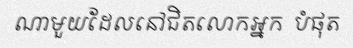
ណាមួយដែលនៅជិតលោកអ្នក  បំផុត